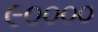
૯૦૦૦૦